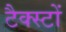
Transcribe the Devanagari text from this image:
टैक्स्टों